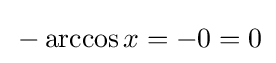
\,-\arccos x=-0=0